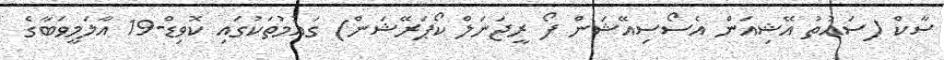
ސާކް (ސައުތު އޭޝިއަން އެސޯސިއޭޝަން ފޯ ރީޖަނަލް ކޯޕަރޭޝަން) ގައުމުތަކުގައި ކޮވިޑް-19 އާލަމީވަބާގެ